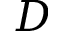
D